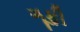
ગૂફી